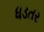
ધડતર